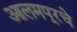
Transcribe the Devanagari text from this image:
आलमपूरचे